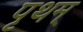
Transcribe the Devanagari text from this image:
पृथम्‌